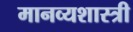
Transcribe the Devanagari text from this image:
मानव्यशास्त्री